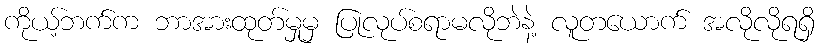
ကိုယ့်ဘက်က ဘာအားထုတ်မှုမှ ပြုလုပ်စရာမလိုဘဲနဲ့ လူတယောက် အလိုလိုရရှိ